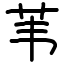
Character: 苇